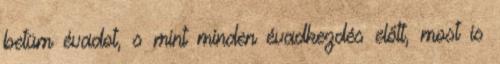
betüm évadot, s mint minden évadkezdés előtt, most is